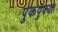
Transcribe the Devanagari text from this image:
पुकपुक्या